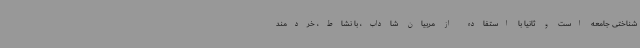
شناختی جامعه است و ثانیا با استفاده از مربیان شاداب، با نشاط، خردمند